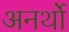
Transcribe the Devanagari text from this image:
अनर्थो